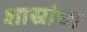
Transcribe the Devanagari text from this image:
शास्रांचा